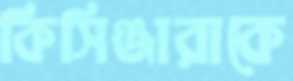
কিসিঞ্জারাকে